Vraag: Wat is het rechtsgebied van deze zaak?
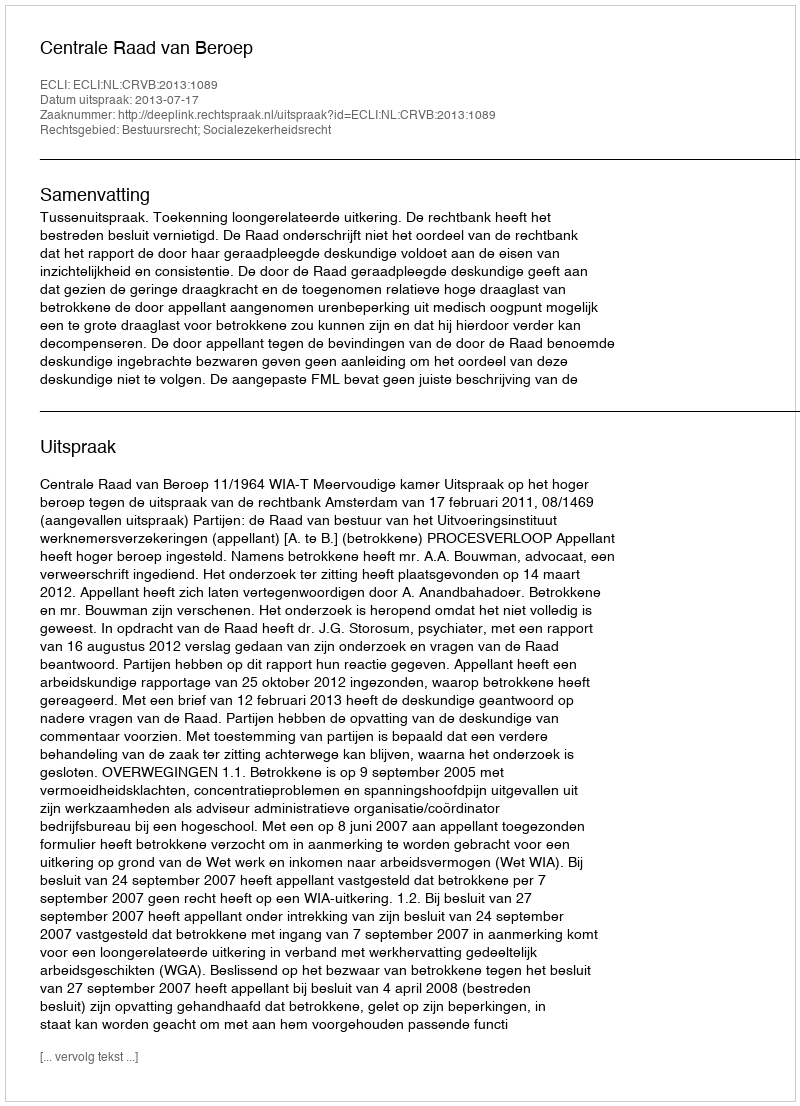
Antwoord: Bestuursrecht; Socialezekerheidsrecht